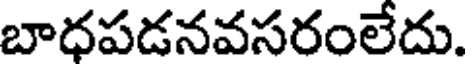
బాధపడనవసరంలేదు.